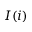
I ( i )